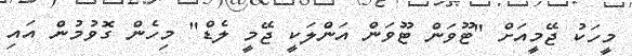
މީހަކު ޖޭމީއަށް "ޓޫވަން ޓޫވަން އަންލަކީ ޖޭމީ ލެޑް" މިހެން ގޮވުމުން އައި